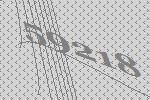
59218